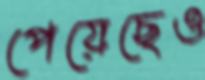
পেয়েছেও